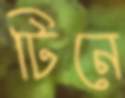
টিনে